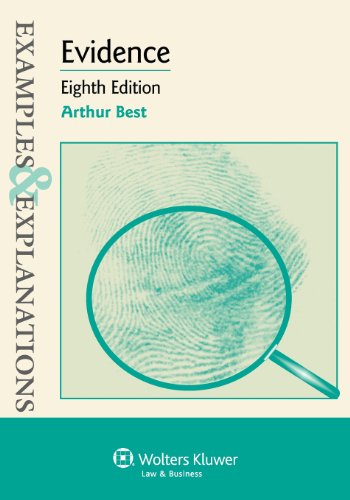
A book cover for Evidence: Examples & Explanations, Eighth Edition; Arthur Best; Law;